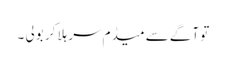
تو آگے سے میڈم سر ہلا کر بولی ۔